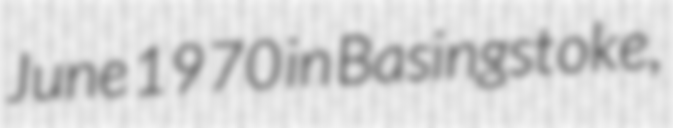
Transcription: June 1970 in Basingstoke,